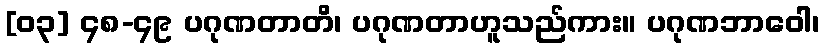
[၀၃] ၄၈-၄၉ ပဂုဏတာတိ၊ ပဂုဏတာဟူသည်ကား။ ပဂုဏဘာဝေါ၊